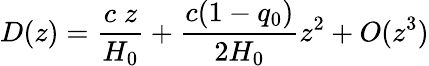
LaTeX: D(z)=\frac{c\; z}{H_{0}}+\frac{c(1-q_{0})}{2H_{0}}z^{2}+O(z^{3})